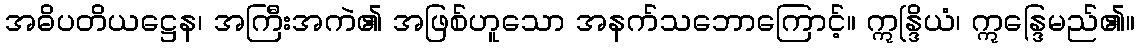
အဓိပတိယဋ္ဌေန၊ အကြီးအကဲ၏ အဖြစ်ဟူသော အနက်သဘောကြောင့်။ ဣန္ဒြိယံ၊ ဣန္ဒြေမည်၏။